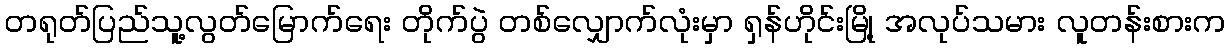
တရုတ်ပြည်သူ့လွတ်မြောက်ရေး တိုက်ပွဲ တစ်လျှောက်လုံးမှာ ရှန်ဟိုင်းမြို့ အလုပ်သမား လူတန်းစားက